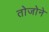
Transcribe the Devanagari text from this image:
तोजोने